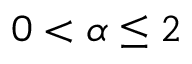
0 < \alpha \leq 2